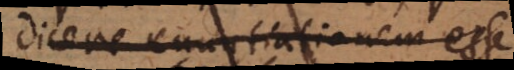
dicere enuntiationem esse